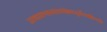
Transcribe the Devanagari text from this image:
उत्थायभास्वंतमवेक्ष्यसूर्यंसदक्षिणांवि